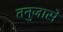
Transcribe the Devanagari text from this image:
तनुजासे